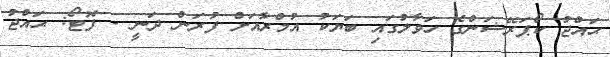
ޙައްޖު ކޯޕަރޭޝަންގެ ހަވާލުގައި ބަޔަކު އުމްރާއަށް ފުރަން ދަނީ - ފޮޓޯ: ޙައްޖު